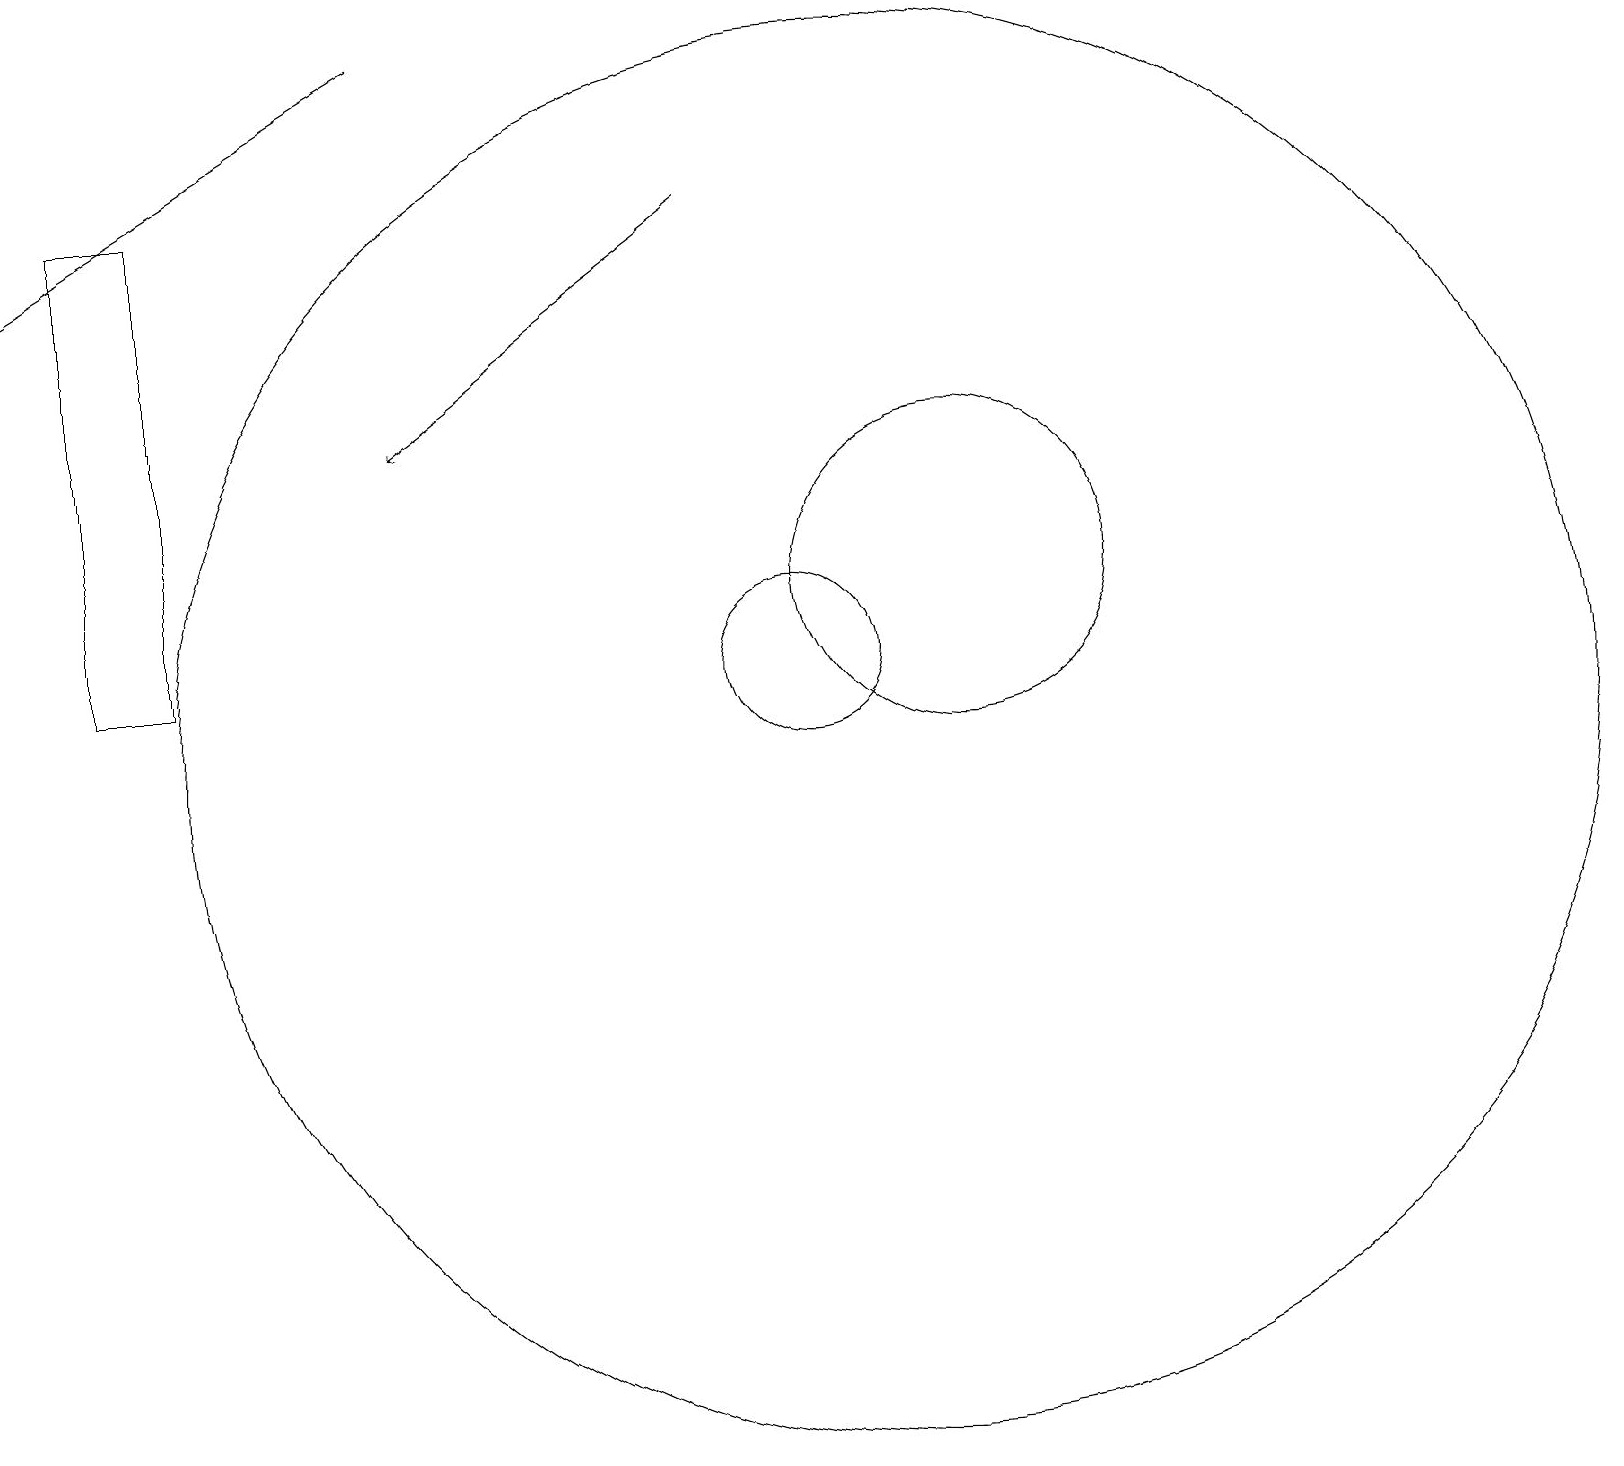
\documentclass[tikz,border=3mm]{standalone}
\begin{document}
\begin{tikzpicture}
\draw[->] (5,19) -- (0,16);
\draw (11,10) circle (9);
\draw (10,11) circle (1);
\draw (12,12) circle (2);
\draw (1,17) rectangle (2,11);
\draw[->] (9,17) -- (5,14);
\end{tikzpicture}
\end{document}